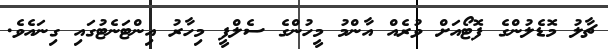
ޗާލު މޮޑެލުންގެ ފޮޓޯއަށް ވުރެއް އާންމު މީހުންގެ ސެލްފީ މިހާރު އިންޓަނެޓުގައި ގިނައެވެ.